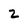
Character: 2